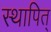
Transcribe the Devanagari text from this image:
स्थापित्